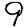
Digit: 9